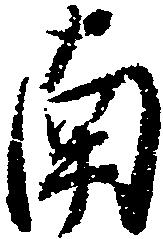
南